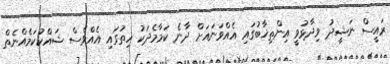
ރައީސް ނަޝީދު ވިދާޅުވީ އިންތިޚާބުގައި އެއްވަނައަށް ދާނެ ކަމާމެދަކު ހިތުގައި އެއްވެސް ޝައްކުކަމެއްނެތް